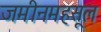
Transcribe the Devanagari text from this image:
जमीनमहसूल